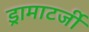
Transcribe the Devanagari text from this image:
ड्रामाटर्जी